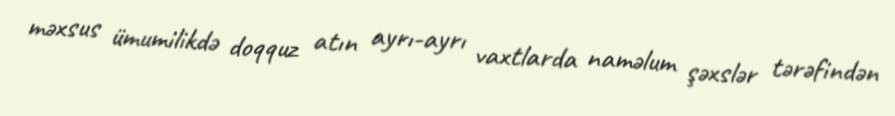
məxsus ümumilikdə doqquz atın ayrı-ayrı vaxtlarda naməlum şəxslər tərəfindən